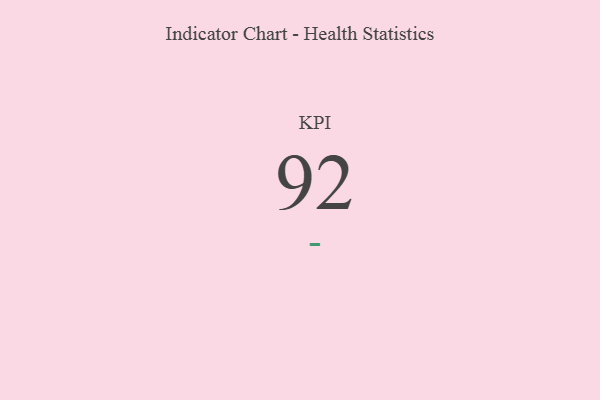
{"axis": {"x": "KPI", "y": "Value"}, "legend": [""], "data": [{"x": "KPI", "y": 92, "type": ""}]}